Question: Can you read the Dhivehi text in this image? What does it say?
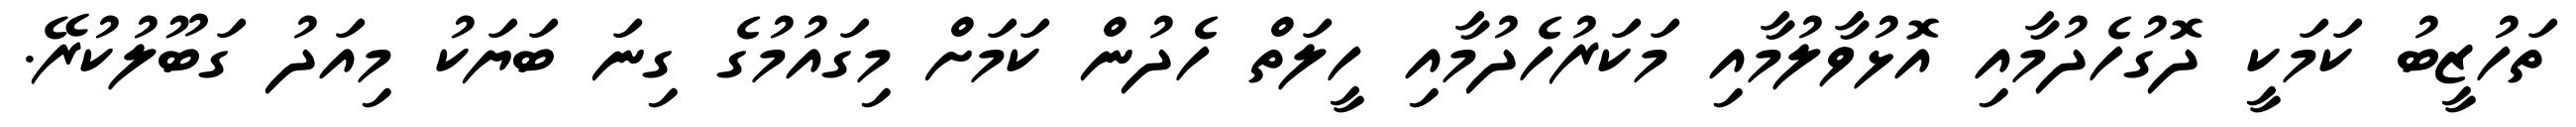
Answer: ތަހުޒީބު ކަމަކީ ދޮގުހެދުމާއި އޮޅުވާލުމާއި މަކަރުހެދުމާއި ހީލަތް ހެދުން ކަމަށް މިގައުމުގެ ގިނަ ބަޔަކު މިއަދު ގަބޫލުކުރޭ.